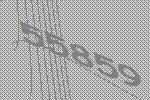
55859